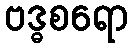
ဗဒ္ဓစရော